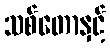
သစ်တောနှင့်